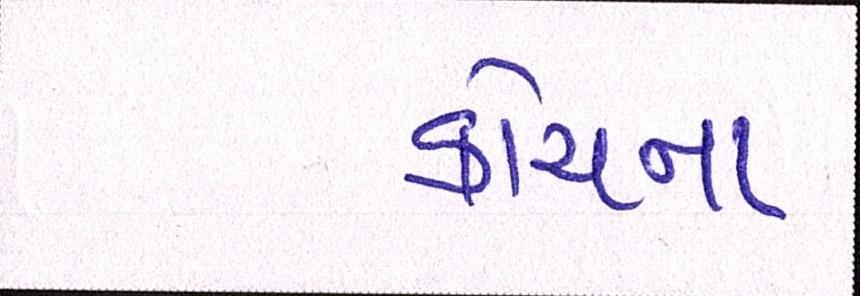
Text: કોચના